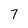
Character: 7